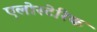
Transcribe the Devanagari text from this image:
एलोस्टेरिक